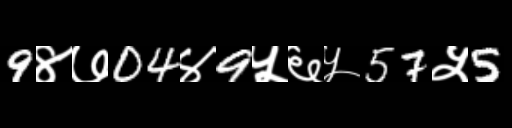
Text: 9४७04४9५६५57५5